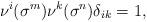
LaTeX: \begin{align*}\nu^i(\sigma^m)\nu^k(\sigma^n)\delta_{ik} =1,~~\end{align*}